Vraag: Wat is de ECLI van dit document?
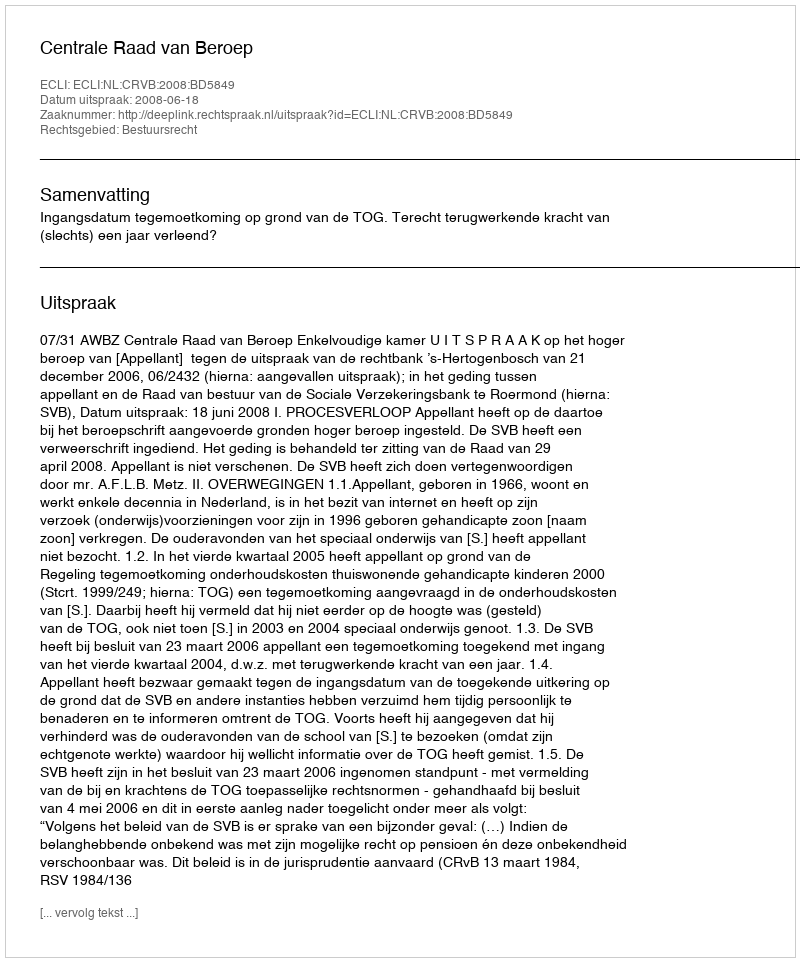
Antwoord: ECLI:NL:CRVB:2008:BD5849